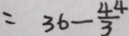
= 3 6 - \frac { 4 4 } { 3 }